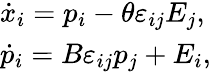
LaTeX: \begin{array}{ll}{{\dot{x}_{i}=p_{i}-\theta\varepsilon_{ij}E_{j},}}\\ {{\dot{p}_{i}=B\varepsilon_{ij}p_{j}+E_{i},}}\end{array}